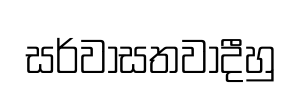
සර්වාසතවාදීහු